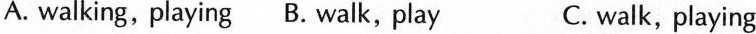
A. walking,playing B. Walk, play C. walk, playing